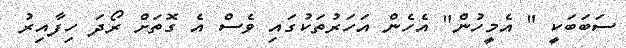
ސަބަބަކީ " އެމީހުން" އެހެން އަހަރުތަކުގައި ވެސް އެ ގޮތަށް ރޯދަ ހިފާއިރު